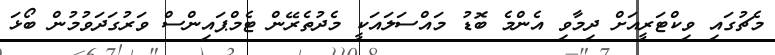
މެޗުގައި ވިކްޓަރީއަށް ދިމާވި އެންމެ ބޮޑު މައްސަލައަކީ މެދުތެރޭން ޓެމްޕައިންސް ވަރުގަދަވުމުން ބޯޅަ